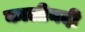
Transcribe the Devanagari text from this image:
कालीनदी